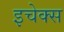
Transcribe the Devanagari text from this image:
इचेक्स